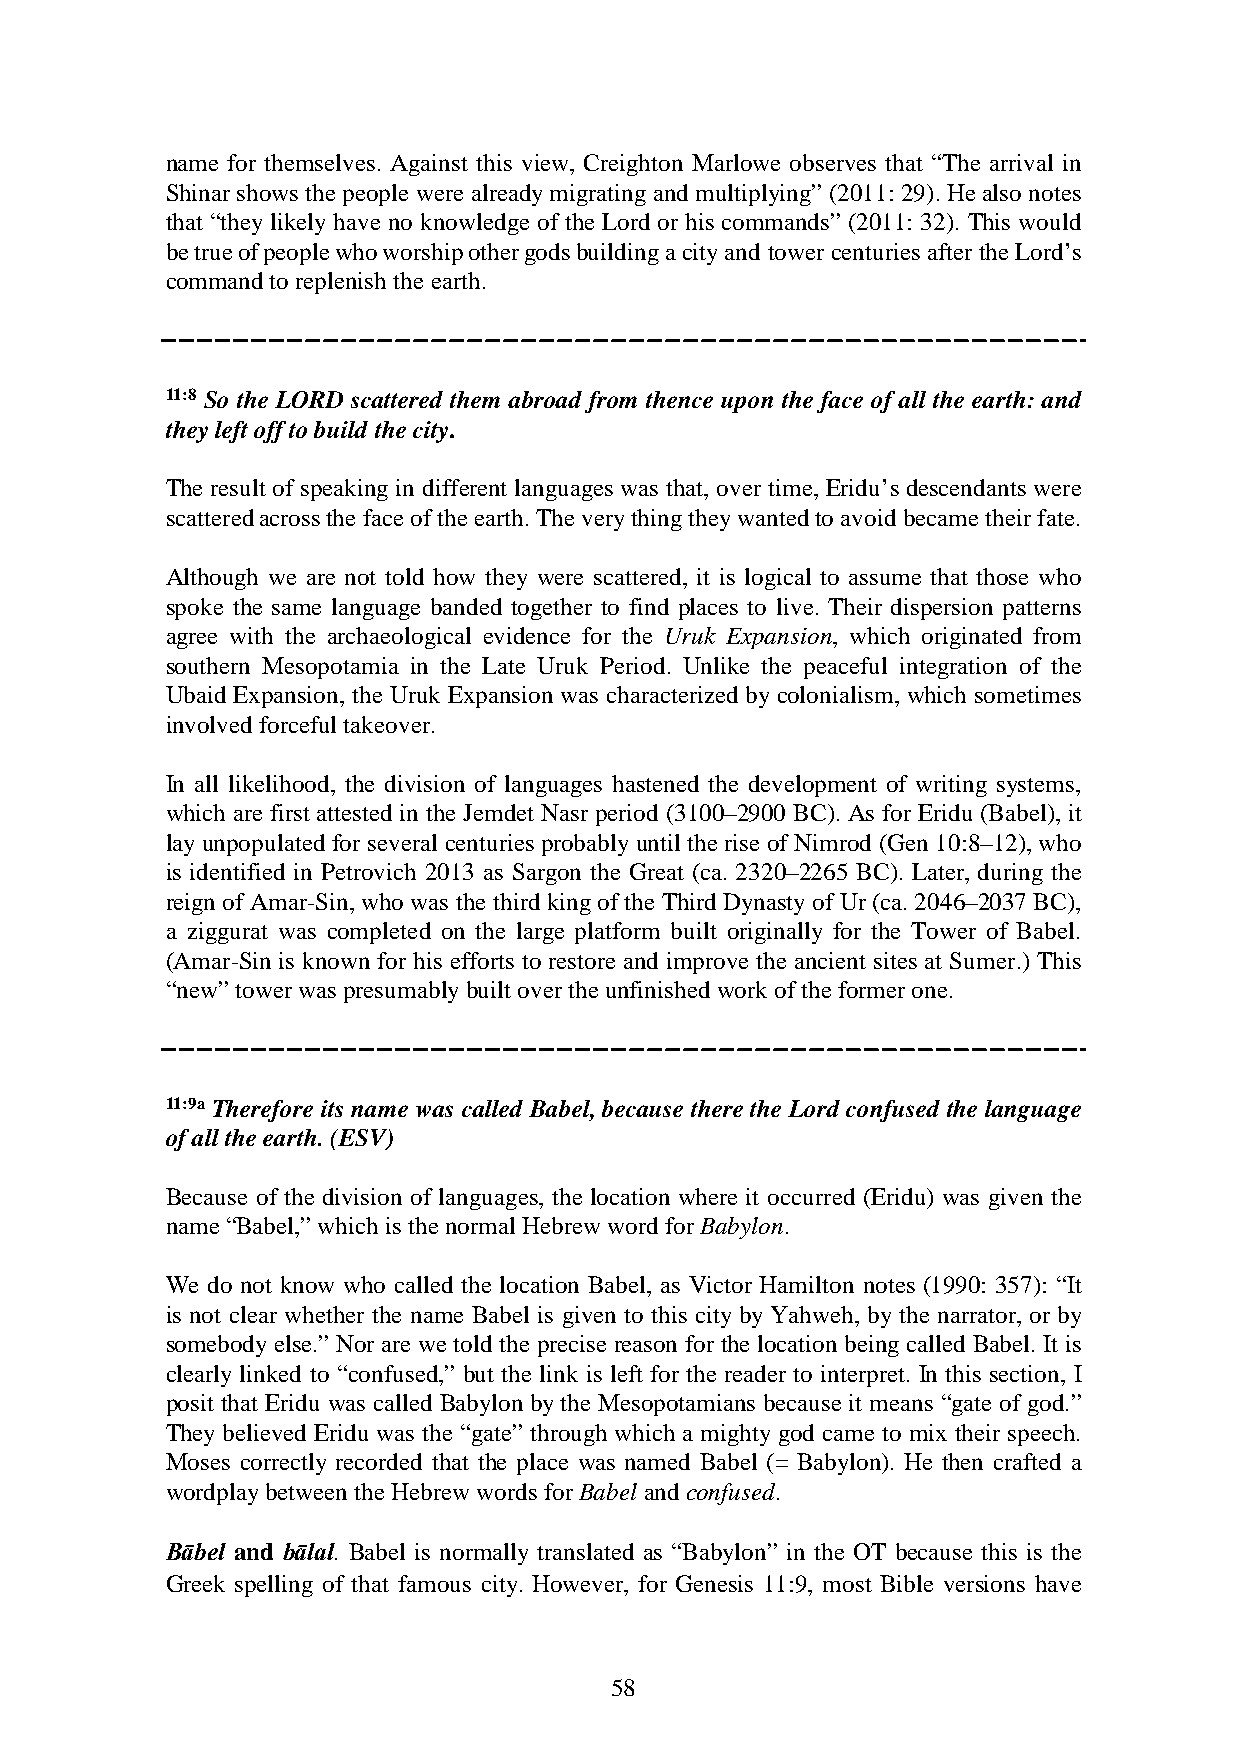
name for themselves. Against this view, Creighton Marlowe observes that “The arrival in
 Shinar shows the people were already migrating and multiplying” (2011: 29). He also notes
 that “they likely have no knowledge of the Lord or his commands” (2011: 32). This would
 be true of people who worship other gods building a city and tower centuries after the Lord’s
 command to replenish the earth.
 11:8 So the LORD scattered them abroad from thence upon the face of all the earth: and
 they left off to build the city.
 The result of speaking in different languages was that, over time, Eridu’s descendants were
 scattered across the face of the earth. The very thing they wanted to avoid became their fate.
 Although we are not told how they were scattered, it is logical to assume that those who
 spoke the same language banded together to find places to live. Their dispersion patterns
 agree with the archaeological evidence for the Uruk Expansion, which originated from
 southern Mesopotamia in the Late Uruk Period. Unlike the peaceful integration of the
 Ubaid Expansion, the Uruk Expansion was characterized by colonialism, which sometimes
 involved forceful takeover.
 In all likelihood, the division of languages hastened the development of writing systems,
 which are first attested in the Jemdet Nasr period (3100–2900 BC). As for Eridu (Babel), it
 lay unpopulated for several centuries probably until the rise of Nimrod (Gen 10:8–12), who
 is identified in Petrovich 2013 as Sargon the Great (ca. 2320–2265 BC). Later, during the
 reign of Amar-Sin, who was the third king of the Third Dynasty of Ur (ca. 2046–2037 BC),
 a ziggurat was completed on the large platform built originally for the Tower of Babel.
 (Amar-Sin is known for his efforts to restore and improve the ancient sites at Sumer.) This
 “new” tower was presumably built over the unfinished work of the former one.
 11:9a Therefore its name was called Babel, because there the Lord confused the language
 of all the earth. (ESV)
 Because of the division of languages, the location where it occurred (Eridu) was given the
 name “Babel,” which is the normal Hebrew word for Babylon.
 We do not know who called the location Babel, as Victor Hamilton notes (1990: 357): “It
 is not clear whether the name Babel is given to this city by Yahweh, by the narrator, or by
 somebody else.” Nor are we told the precise reason for the location being called Babel. It is
 clearly linked to “confused,” but the link is left for the reader to interpret. In this section, I
 posit that Eridu was called Babylon by the Mesopotamians because it means “gate of god.”
 They believed Eridu was the “gate” through which a mighty god came to mix their speech.
 Moses correctly recorded that the place was named Babel (= Babylon). He then crafted a
 wordplay between the Hebrew words for Babel and confused.
 Bābel and bālal. Babel is normally translated as “Babylon” in the OT because this is the
 Greek spelling of that famous city. However, for Genesis 11:9, most Bible versions have
 58